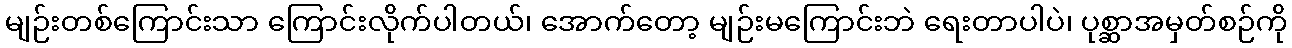
မျဉ်းတစ်ကြောင်းသာ ကြောင်းလိုက်ပါတယ်၊ အောက်တော့ မျဉ်းမကြောင်းဘဲ ရေးတာပါပဲ၊ ပုစ္ဆာအမှတ်စဉ်ကို